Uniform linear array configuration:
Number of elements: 12
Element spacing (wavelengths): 0.5
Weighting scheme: blackman
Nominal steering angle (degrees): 30
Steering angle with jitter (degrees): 30.034
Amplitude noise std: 0.05
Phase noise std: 0.05

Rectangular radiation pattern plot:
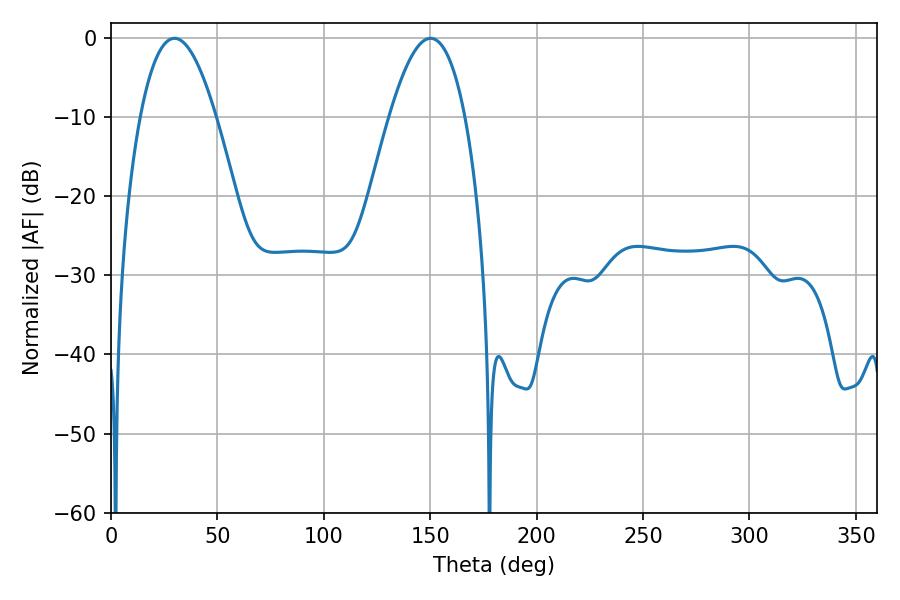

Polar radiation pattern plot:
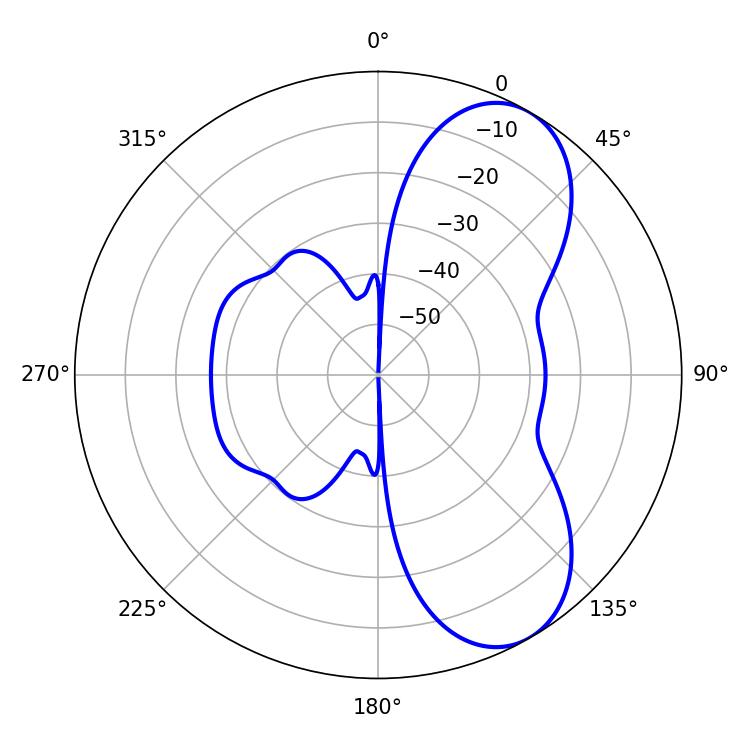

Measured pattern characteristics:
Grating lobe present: FALSE
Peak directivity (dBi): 7.303
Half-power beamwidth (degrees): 19.62
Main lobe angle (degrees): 29.88